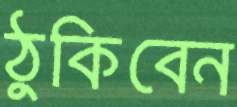
ঠুকিবেন